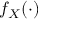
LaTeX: f _ { X } ( \cdot )